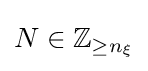
{\textstyle N\in \mathbb {Z} _{\geq n_{\xi }}}